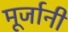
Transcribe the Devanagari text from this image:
मूर्जानी